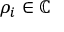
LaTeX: \rho _ { i } \in \mathbb { C }